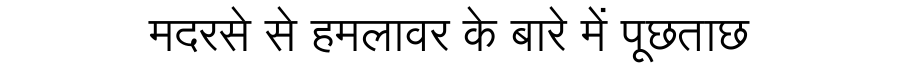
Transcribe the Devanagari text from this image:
मदरसे से हमलावर के बारे में पूछताछ